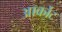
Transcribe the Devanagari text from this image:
आर्कोट